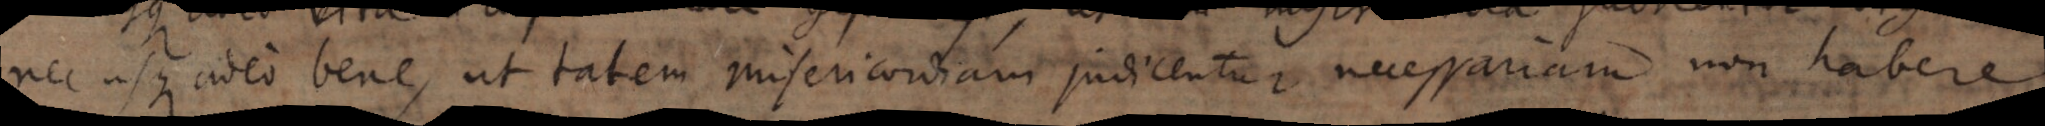
nec usque adeo bene, ut talem misericordiam judicentur necessariam non habere